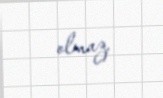
olmaz.